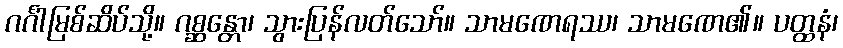
ဂင်္ဂါမြစ်ဆိပ်သို့။ ဂစ္ဆန္တော၊ သွားပြန်လတ်သော်။ သာမဏေရဿ၊ သာမဏေ၏။ ပတ္ထနံ၊